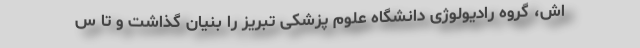
اش، گروه رادیولوژی دانشگاه علوم پزشکی تبریز را بنیان گذاشت و تا س